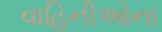
વાહિનીઓના